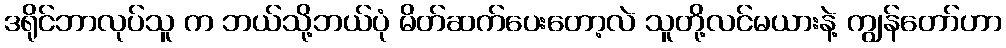
ဒရိုင်ဘာလုပ်သူ က ဘယ်သို့ဘယ်ပုံ မိတ်ဆက်ပေးတော့လဲ သူတို့လင်မယားနဲ့ ကျွန်တော်ဟာ